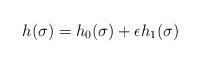
LaTeX: \begin{align*}h(\sigma) = h_0(\sigma) + \epsilon h_1(\sigma)\end{align*}